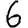
Digit: 6